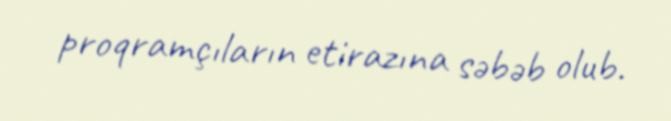
proqramçıların etirazına səbəb olub.